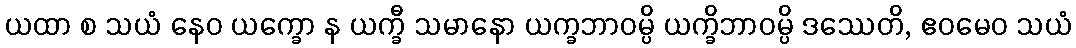
ယထာ စ သယံ နေဝ ယက္ခော န ယက္ခီ သမာနော ယက္ခဘာဝမ္ပိ ယက္ခိဘာဝမ္ပိ ဒဿေတိ, ဧဝမေဝ သယံ